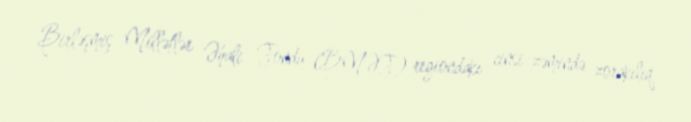
Birləşmiş Millətlər Əhali Fondu (BMƏF) regiondakı cinsi zəmində zorakılıq